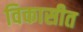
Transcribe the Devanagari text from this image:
विकासीत